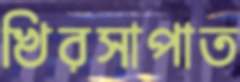
খিরসাপাত